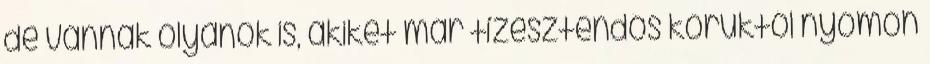
de vannak olyanok is, akiket már tízesztendős koruktól nyomon